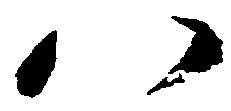
八